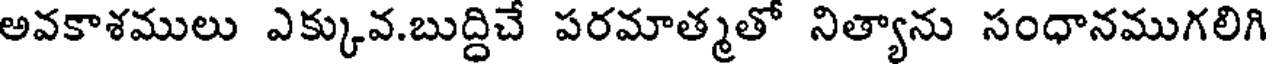
అవకాశములు ఎక్కువ.బుద్ధిచే పరమాత్మతో నిత్యాను సంధానముగలిగి